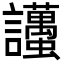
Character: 𧮚